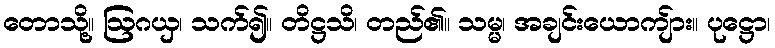
တောသို့။ ဩဂယှ၊ သက်၍။ တိဋ္ဌသိ၊ တည်၏။ သမ္မ၊ အချင်းယောကျ်ား။ ပုဋ္ဌော၊